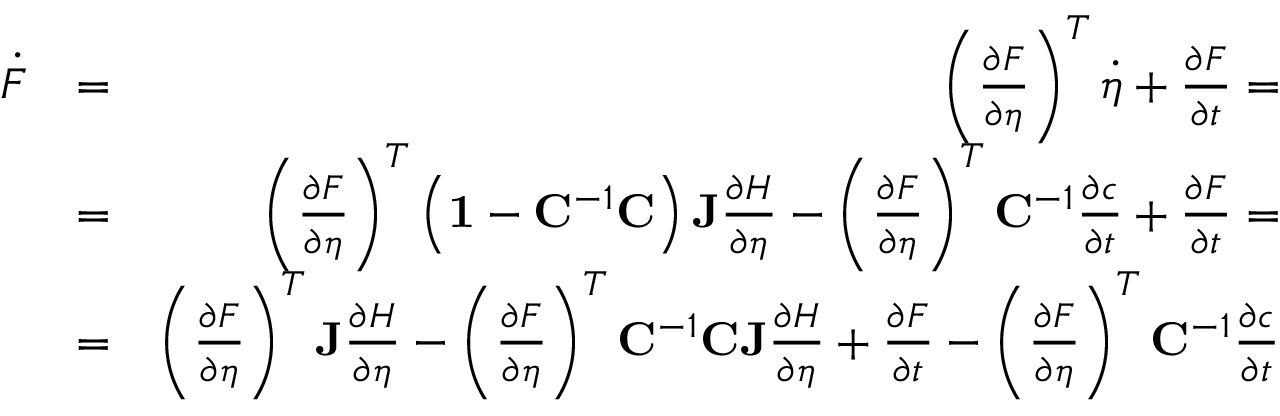
\begin{array} { r l r } { \dot { F } } & { = } & { \left( \frac { \partial F } { \partial \eta } \right) ^ { T } \dot { \eta } + \frac { \partial F } { \partial t } = } \\ & { = } & { \left( \frac { \partial F } { \partial \eta } \right) ^ { T } \left( \mathbf { 1 } - \mathbf { C } ^ { - 1 } \mathbf { C } \right) \mathbf { J } \frac { \partial H } { \partial \eta } - \left( \frac { \partial F } { \partial \eta } \right) ^ { T } \mathbf { C } ^ { - 1 } \frac { \partial c } { \partial t } + \frac { \partial F } { \partial t } = } \\ & { = } & { \left( \frac { \partial F } { \partial \eta } \right) ^ { T } \mathbf { J } \frac { \partial H } { \partial \eta } - \left( \frac { \partial F } { \partial \eta } \right) ^ { T } \mathbf { C } ^ { - 1 } \mathbf { C J } \frac { \partial H } { \partial \eta } + \frac { \partial F } { \partial t } - \left( \frac { \partial F } { \partial \eta } \right) ^ { T } \mathbf { C } ^ { - 1 } \frac { \partial c } { \partial t } } \end{array}